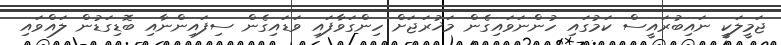
ޖަމީލަކީ ނައިބުރައީސް ކަމުގައި ހުންނަވައިގެން މަޚުރަޖަށް ހިންގަވާފައި ވަޑައިގެން ސިފައިންނާއި ބޮޑިގަޑުން ލައްވައި